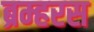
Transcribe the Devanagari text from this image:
ब्रम्हरस